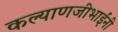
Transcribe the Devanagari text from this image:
कल्याणजीभाईंनी